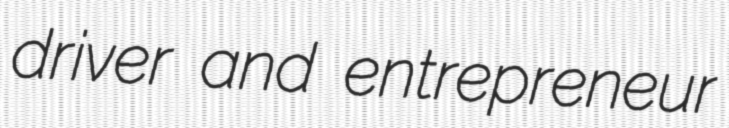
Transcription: driver and entrepreneur